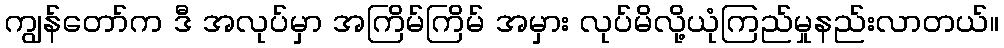
ကျွန်တော်က ဒီ အလုပ်မှာ အကြိမ်ကြိမ် အမှား လုပ်မိလို့ယုံကြည်မှုနည်းလာတယ်။